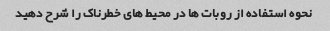
نحوه استفاده از روبات ها در محیط های خطرناک را شرح دهید